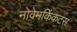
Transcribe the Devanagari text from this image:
नोवेमकिंकटस